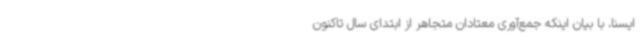
ایسنا، با بیان اینکه جمع‌آوری معتادان متجاهر از ابتدای سال تاکنون